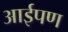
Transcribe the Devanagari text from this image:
आईपण